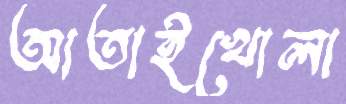
আতাইখোলা